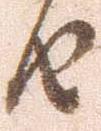
由